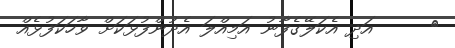
٣     އަދި އެކަލޭގެފާނު އަމިއްލަ އެދުންފުޅަކަށް ވާހަކަފުޅެއް